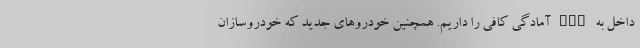
داخل به ECU آمادگی کافی را داریم. همچنین خودروهای جدید که خودروسازان